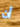
أن